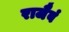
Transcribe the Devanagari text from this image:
राजैवं